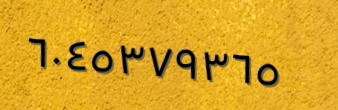
٦٠٤٥٣٧٩٣٦٥